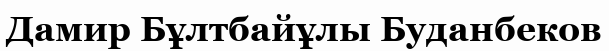
Дамир Бұлтбайұлы Буданбеков